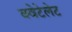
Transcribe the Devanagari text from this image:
क्वेटेलेट